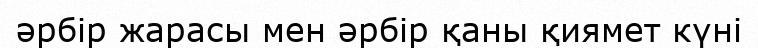
әрбір жарасы мен әрбір қаны қиямет күні